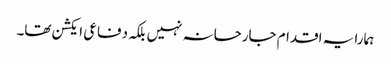
ہمارا یہ اقدام جارحانہ نہیں بلکہ دفاعی ایکشن تھا۔